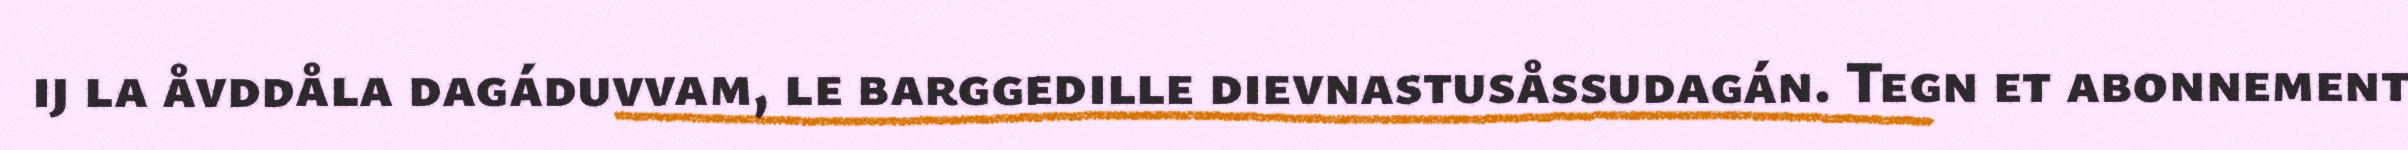
ij la åvddåla dagáduvvam, le barggedille dievnastusåssudagán. Tegn et abonnement